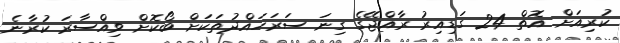
ކުރިއަށް އޮތް 24 ގަޑިއިރު ރާއްޖޭގެ ގިނަ ސަރަހައްދުތަކަށް ބޯކޮށް ވިއްސާރަ ކުރާނެ